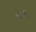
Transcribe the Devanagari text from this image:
खंडूजीचा